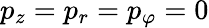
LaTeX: p_{z}=p_{r}=p_{\varphi}=0